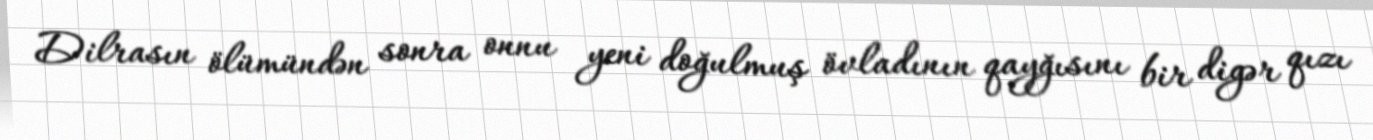
Dilrasın ölümündən sonra onnu yeni doğulmuş övladının qayğısını bir digər qızı